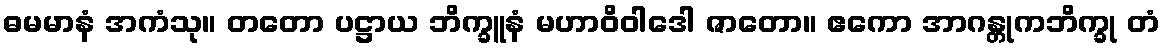
ဓမမာနံ အကံသု။ တတော ပဋ္ဌာယ ဘိက္ခူနံ မဟာဝိဝါဒေါ ဇာတော။ ဧကော အာဂန္တုကဘိက္ခု တံ